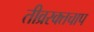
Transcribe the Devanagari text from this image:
तीव्ररक्तचाप